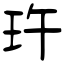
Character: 玝